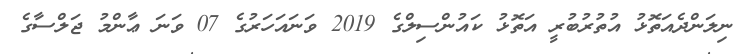
ނިލަންދެއަތޮޅު އުތުރުބުރީ އަތޮޅު ކައުންސިލްގެ 2019 ވަނައަހަރުގެ 07 ވަނަ ޢާންމު ޖަލްސާގެ